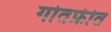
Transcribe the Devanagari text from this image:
गोतफ्रीत